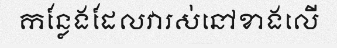
កន្លែងដែលវារស់នៅខាងលើ